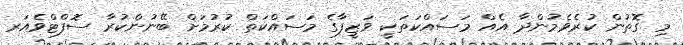
މި ގޮތުން ކުރެވެމުންދާ އެއް މަސައްކަތަކީ ވަޒީފާގެ މަސައްކަތް ކުރުމަށް ބޭނުންކުރާ ސޮފްޓްވެއަރ